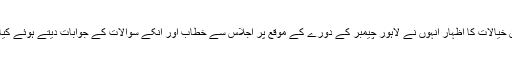
ان خیالات کا اظہار انہوں نے لاہور چیمبر کے دورے کے موقع پر اجلاس سے خطاب اور انکے سوالات کے جوابات دیتے ہوئے کیا ۔